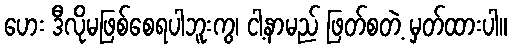
ဟေး ဒီလိုမဖြစ်စေရပါဘူးကွ၊ ငါ့နာမည် ဖြတ်စတဲ့ မှတ်ထားပါ။